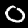
Label: 0